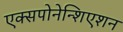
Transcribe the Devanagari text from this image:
एक्सपोनेन्शिएशन